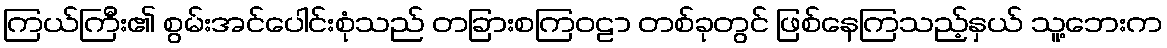
ကြယ်ကြီး၏ စွမ်းအင်ပေါင်းစုံသည် တခြားစကြဝဠာ တစ်ခုတွင် ဖြစ်နေကြသည့်နှယ် သူ့ဘေးက